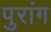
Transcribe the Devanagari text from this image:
पुरांग